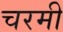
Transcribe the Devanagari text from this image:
चरमी